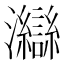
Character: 𤅇